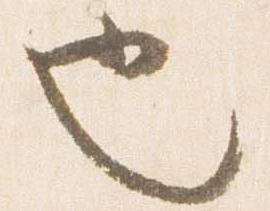
也